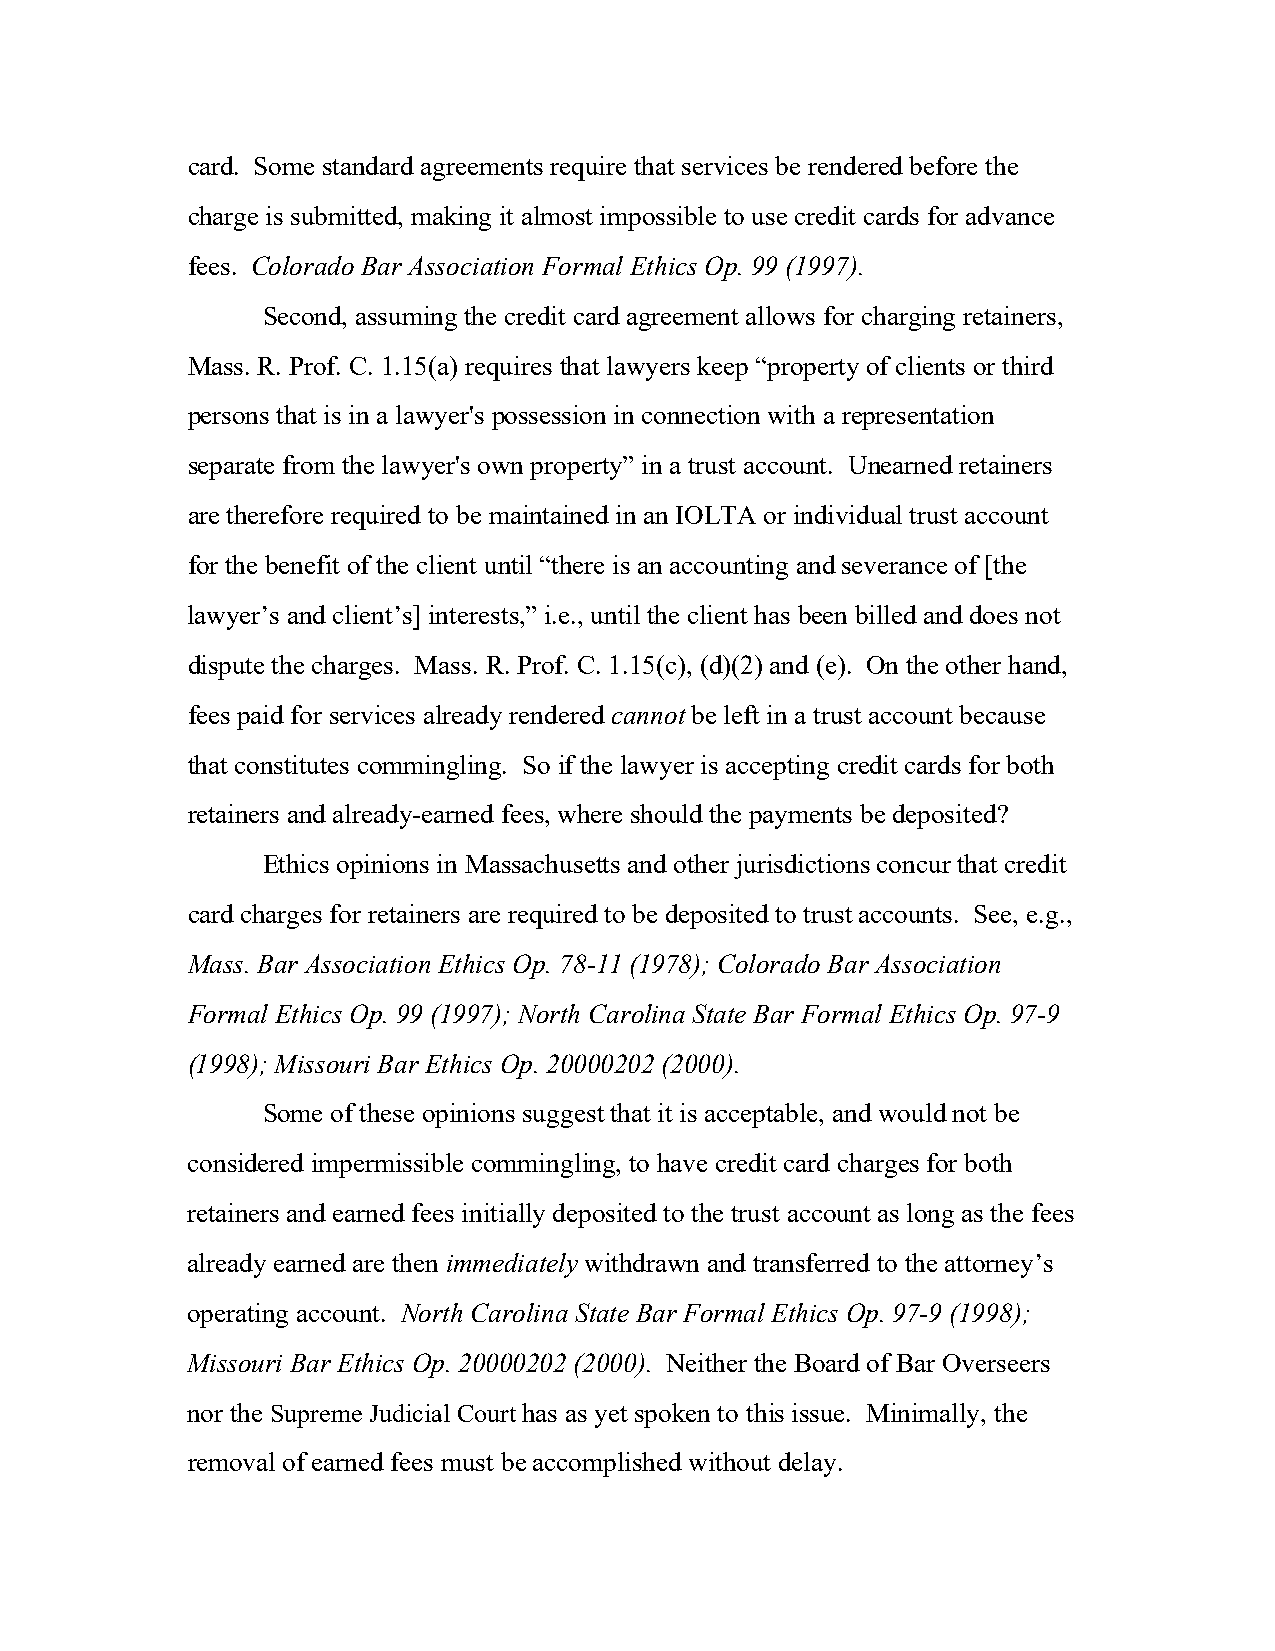
card. Some standard agreements require that services be rendered before the
 charge is submitted, making it almost impossible to use credit cards for advance
 fees. Colorado Bar Association Formal Ethics Op. 99 (1997).
 Second, assuming the credit card agreement allows for charging retainers,
 Mass. R. Prof. C. 1.15(a) requires that lawyers keep “property of clients or third
 persons that is in a lawyer's possession in connection with a representation
 separate from the lawyer's own property” in a trust account. Unearned retainers
 are therefore required to be maintained in an IOLTA or individual trust account
 for the benefit of the client until “there is an accounting and severance of [the
 lawyer’s and client’s] interests,” i.e., until the client has been billed and does not
 dispute the charges. Mass. R. Prof. C. 1.15(c), (d)(2) and (e). On the other hand,
 fees paid for services already rendered cannot be left in a trust account because
 that constitutes commingling. So if the lawyer is accepting credit cards for both
 retainers and already-earned fees, where should the payments be deposited?
 Ethics opinions in Massachusetts and other jurisdictions concur that credit
 card charges for retainers are required to be deposited to trust accounts. See, e.g.,
 Mass. Bar Association Ethics Op. 78-11 (1978); Colorado Bar Association
 Formal Ethics Op. 99 (1997); North Carolina State Bar Formal Ethics Op. 97-9
 (1998); Missouri Bar Ethics Op. 20000202 (2000).
 Some of these opinions suggest that it is acceptable, and would not be
 considered impermissible commingling, to have credit card charges for both
 retainers and earned fees initially deposited to the trust account as long as the fees
 already earned are then immediately withdrawn and transferred to the attorney’s
 operating account. North Carolina State Bar Formal Ethics Op. 97-9 (1998);
 Missouri Bar Ethics Op. 20000202 (2000). Neither the Board of Bar Overseers
 nor the Supreme Judicial Court has as yet spoken to this issue. Minimally, the
 removal of earned fees must be accomplished without delay.